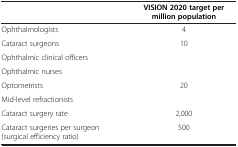
|  | VISION 2020 target per million population |
 | --- | --- |
 | Ophthalmologists | 4 |
 | Cataract surgeons | <ROWSPAN=3> 10 |
 | Ophthalmic clinical officers |
 | Ophthalmic nurses |
 | Optometrists | <ROWSPAN=2> 20 |
 | Mid-level refractionists |
 | Cataract surgery rate | 2,000 |
 | Cataract surgeries per surgeon (surgical efficiency ratio) | 500 |